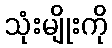
သုံးမျိုးကို